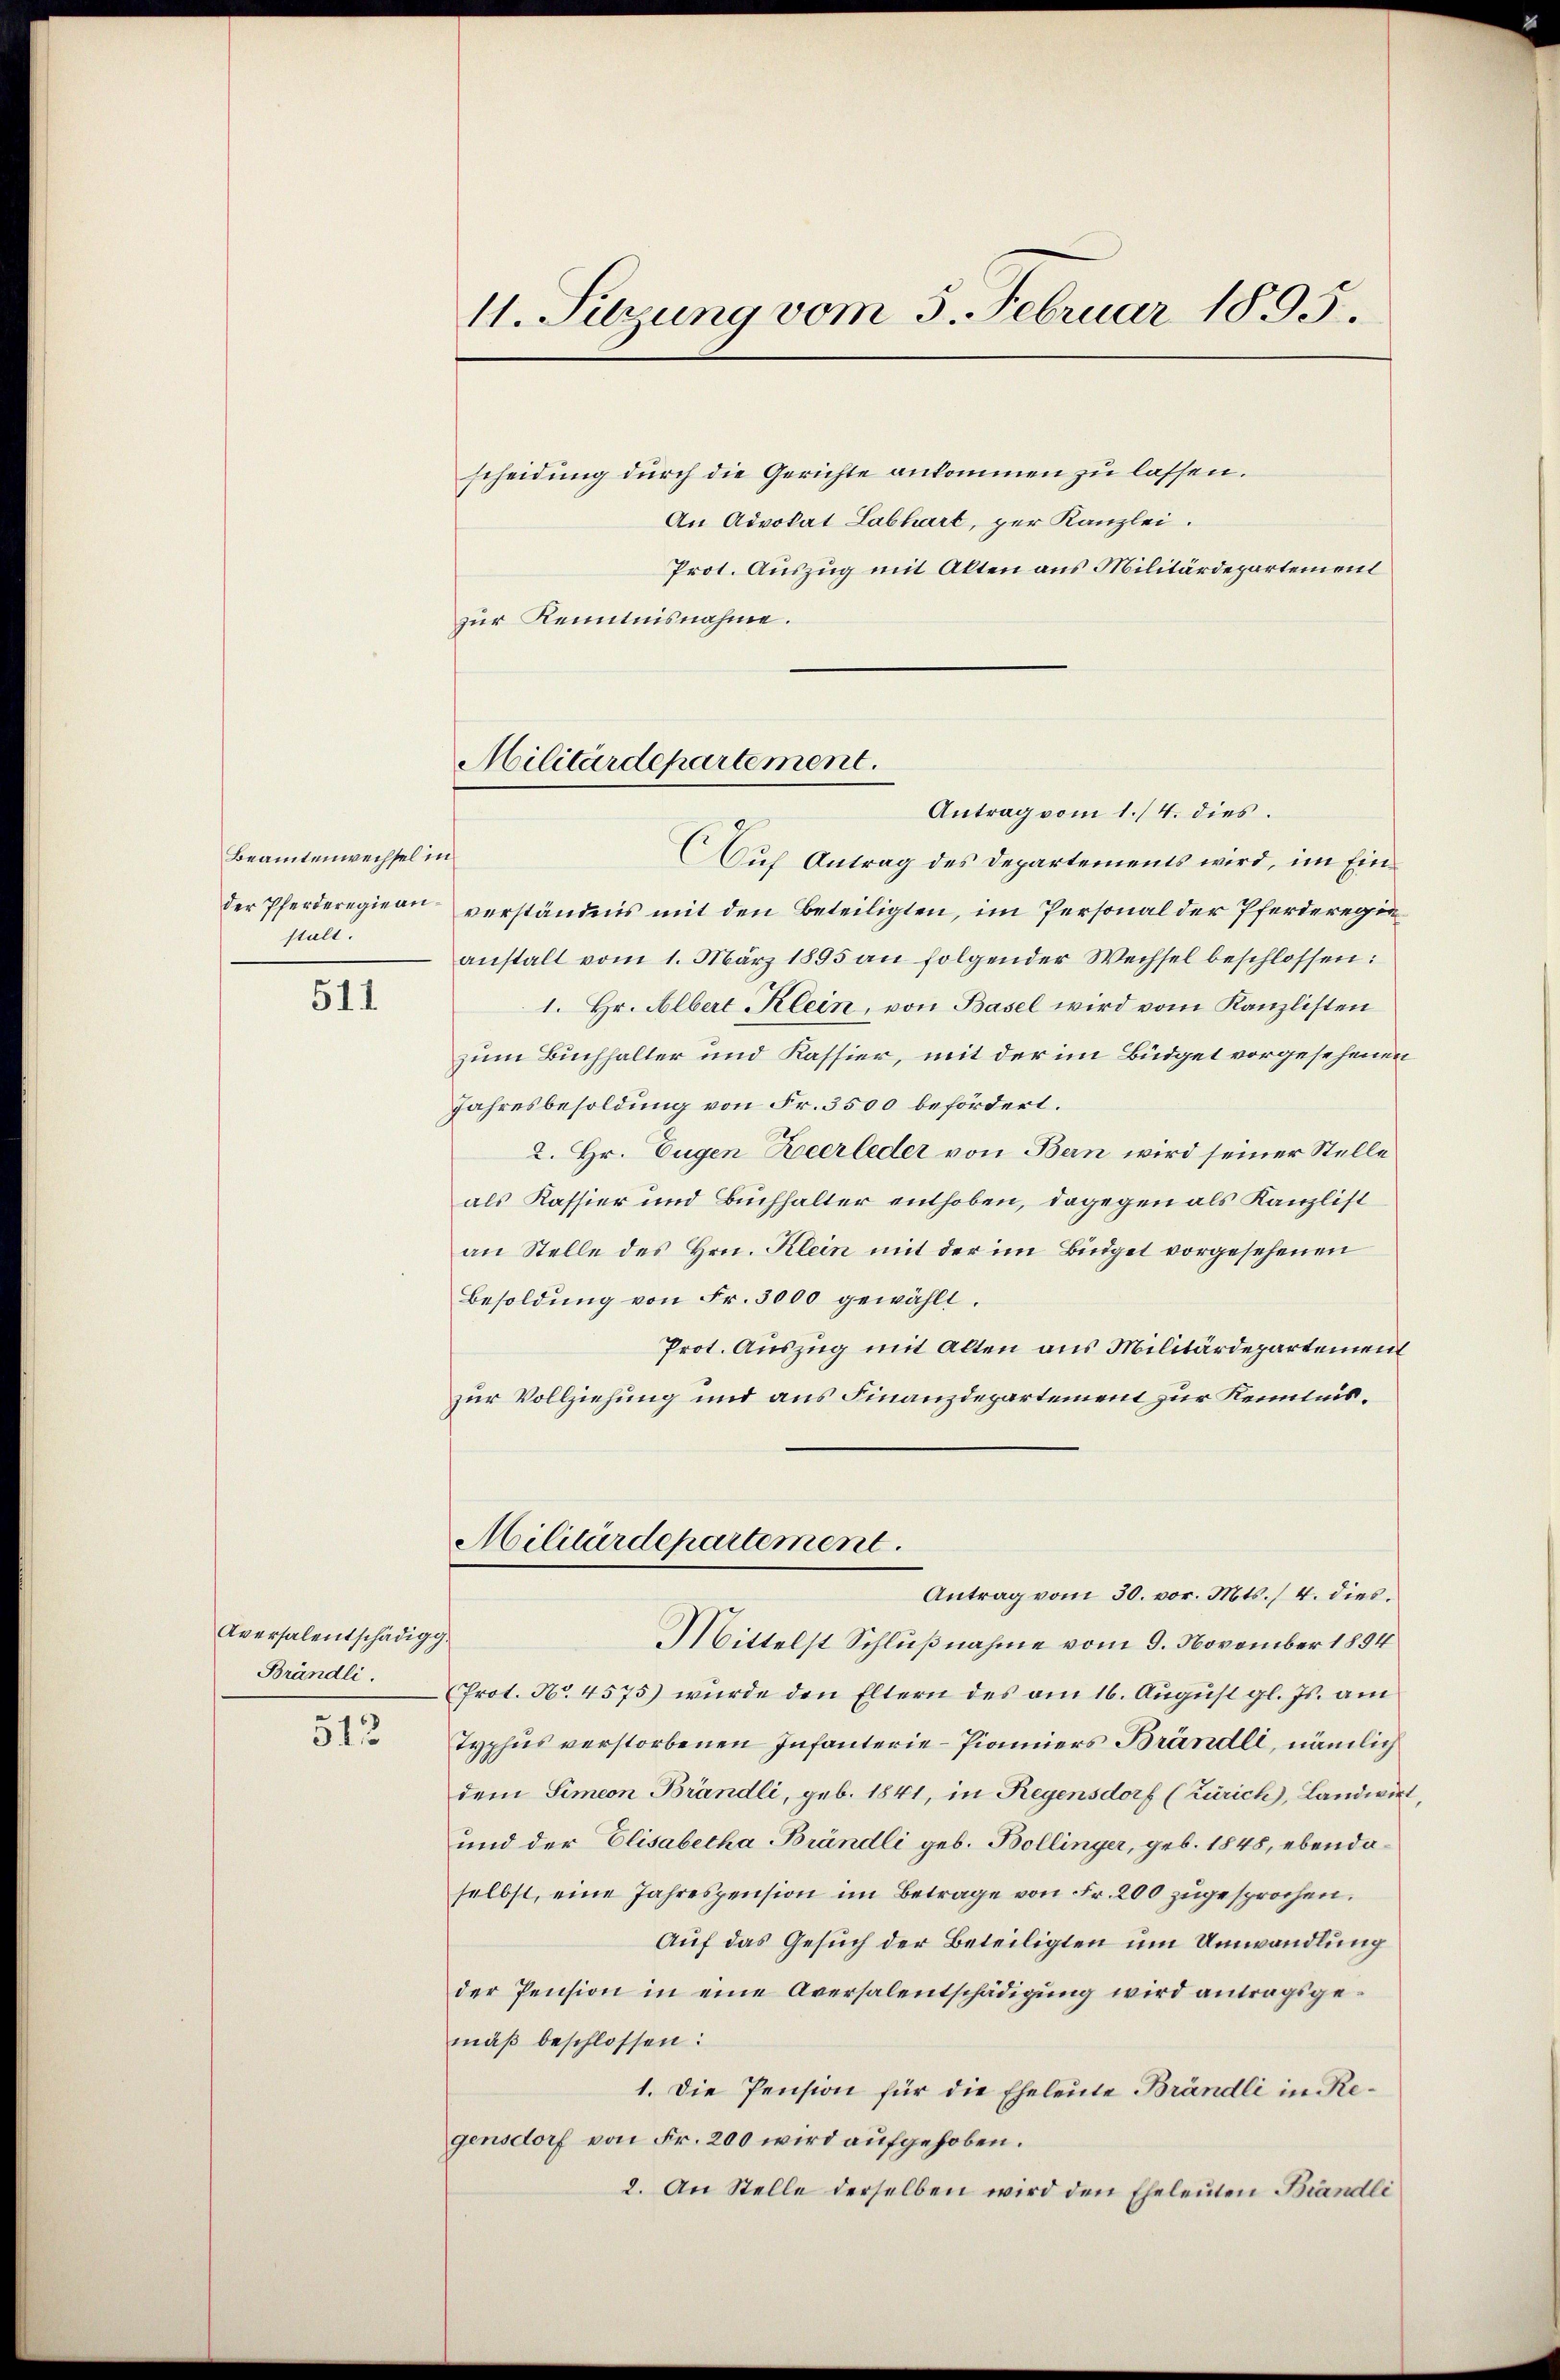
Beamtenwechsel in
stalt.

511.

Aversalentschädigg.
Brändli

512

11. Sitzung vom 3. Februar 1895.

Militärdepartement.

scheidung durch die Gerichte ankommen zu lassen.
An Advokat Labhart, per Kanzlei.
Prot. Auszug mit Akten aus Militärdepartement
zur Kenntnisnahme.

Antrag vom 1./4. dies.
Auf Antrag des Departements wird, im Einder Pferderegiern verständnis mit den Beteiligten, im Personal der Pferderegieanstalt vom 1. März 1895 an folgender Wechsel beschlossen:
1. Hr. Albert Klein, von Basel wird vom Kanzlisten
zum Buchhalter und Kassier, mit der im Büdget vorgesehenen
Jahresbesoldung von Fr. 3500 befördert.
2. Hr. Eugen Zeerleder von Bern wird seiner Stelle
als Kassier und Buchhalter enthoben, dagegen als Kanzlist
an Stelle des Hrn. Klein mit der im Büdget vorgesehenen
Besoldung von Fr. 3000 gewählt.
Prot. Auszug mit Alten aus Militärdepartement
zur Vollziehung und aus Finanzdepartement zur Kenntnis¬
Militärdepartement
Antrag vom 30. vor. Mts. / 4. dies¬
Mittelst Schlußnahme vom 9. November 1894
(Prot. No. 4575) wurde den Eltern des am 16. August gl. Js. am
Typhus verstorbenen Infanterie-Pianners Brändli, nämlich
dem Simeon Brändli, geb. 1841, in Regensdorf (Zürich), Landwirt
und der Elisabetha Brändli geb. Bollinger, geb. 1845, ebendaselbst, eine Jahrespension im Betrage von Fr. 200 zugesprochen.
Auf das Gesuch der Beteiligten um Umwandlung
der Pension in eine Aversalentschädigung wird antragsgemäß beschlossen:
1. Die Pension für die Eheleute Brändli in Regensdorf von Fr. 200 wird aufgehoben.
2. An Stelle derselben wird den Eheleuten Brändli